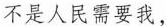
不是人民需要我，